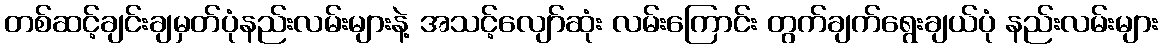
တစ်ဆင့်ချင်းချမှတ်ပုံနည်းလမ်းများနဲ့ အသင့်လျော်ဆုံး လမ်းကြောင်း တွက်ချက်ရွေးချယ်ပုံ နည်းလမ်းများ